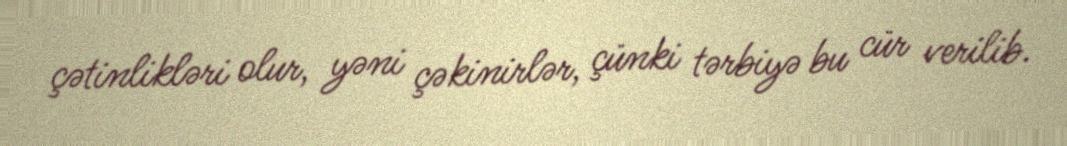
çətinlikləri olur, yəni çəkinirlər, çünki tərbiyə bu cür verilib.